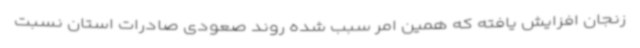
زنجان افزایش یافته که همین امر سبب شده روند صعودی صادرات استان نسبت